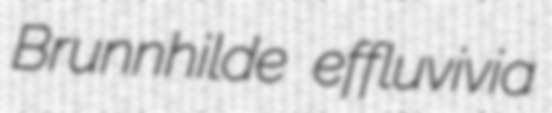
Brunnhilde effluvivia